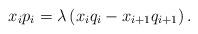
LaTeX: \begin{align*}x_ip_i=\lambda \left(x_iq_i-x_{i+1}q_{i+1} \right).\end{align*}